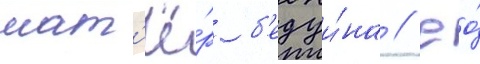
шат'ё́р б'едуи́на // Ео́